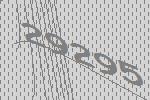
29295